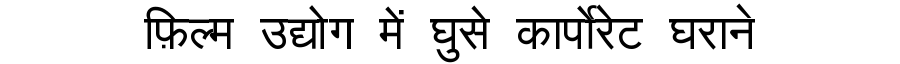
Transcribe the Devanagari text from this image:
फ़िल्म उद्योग में घुसे कार्पोरेट घराने